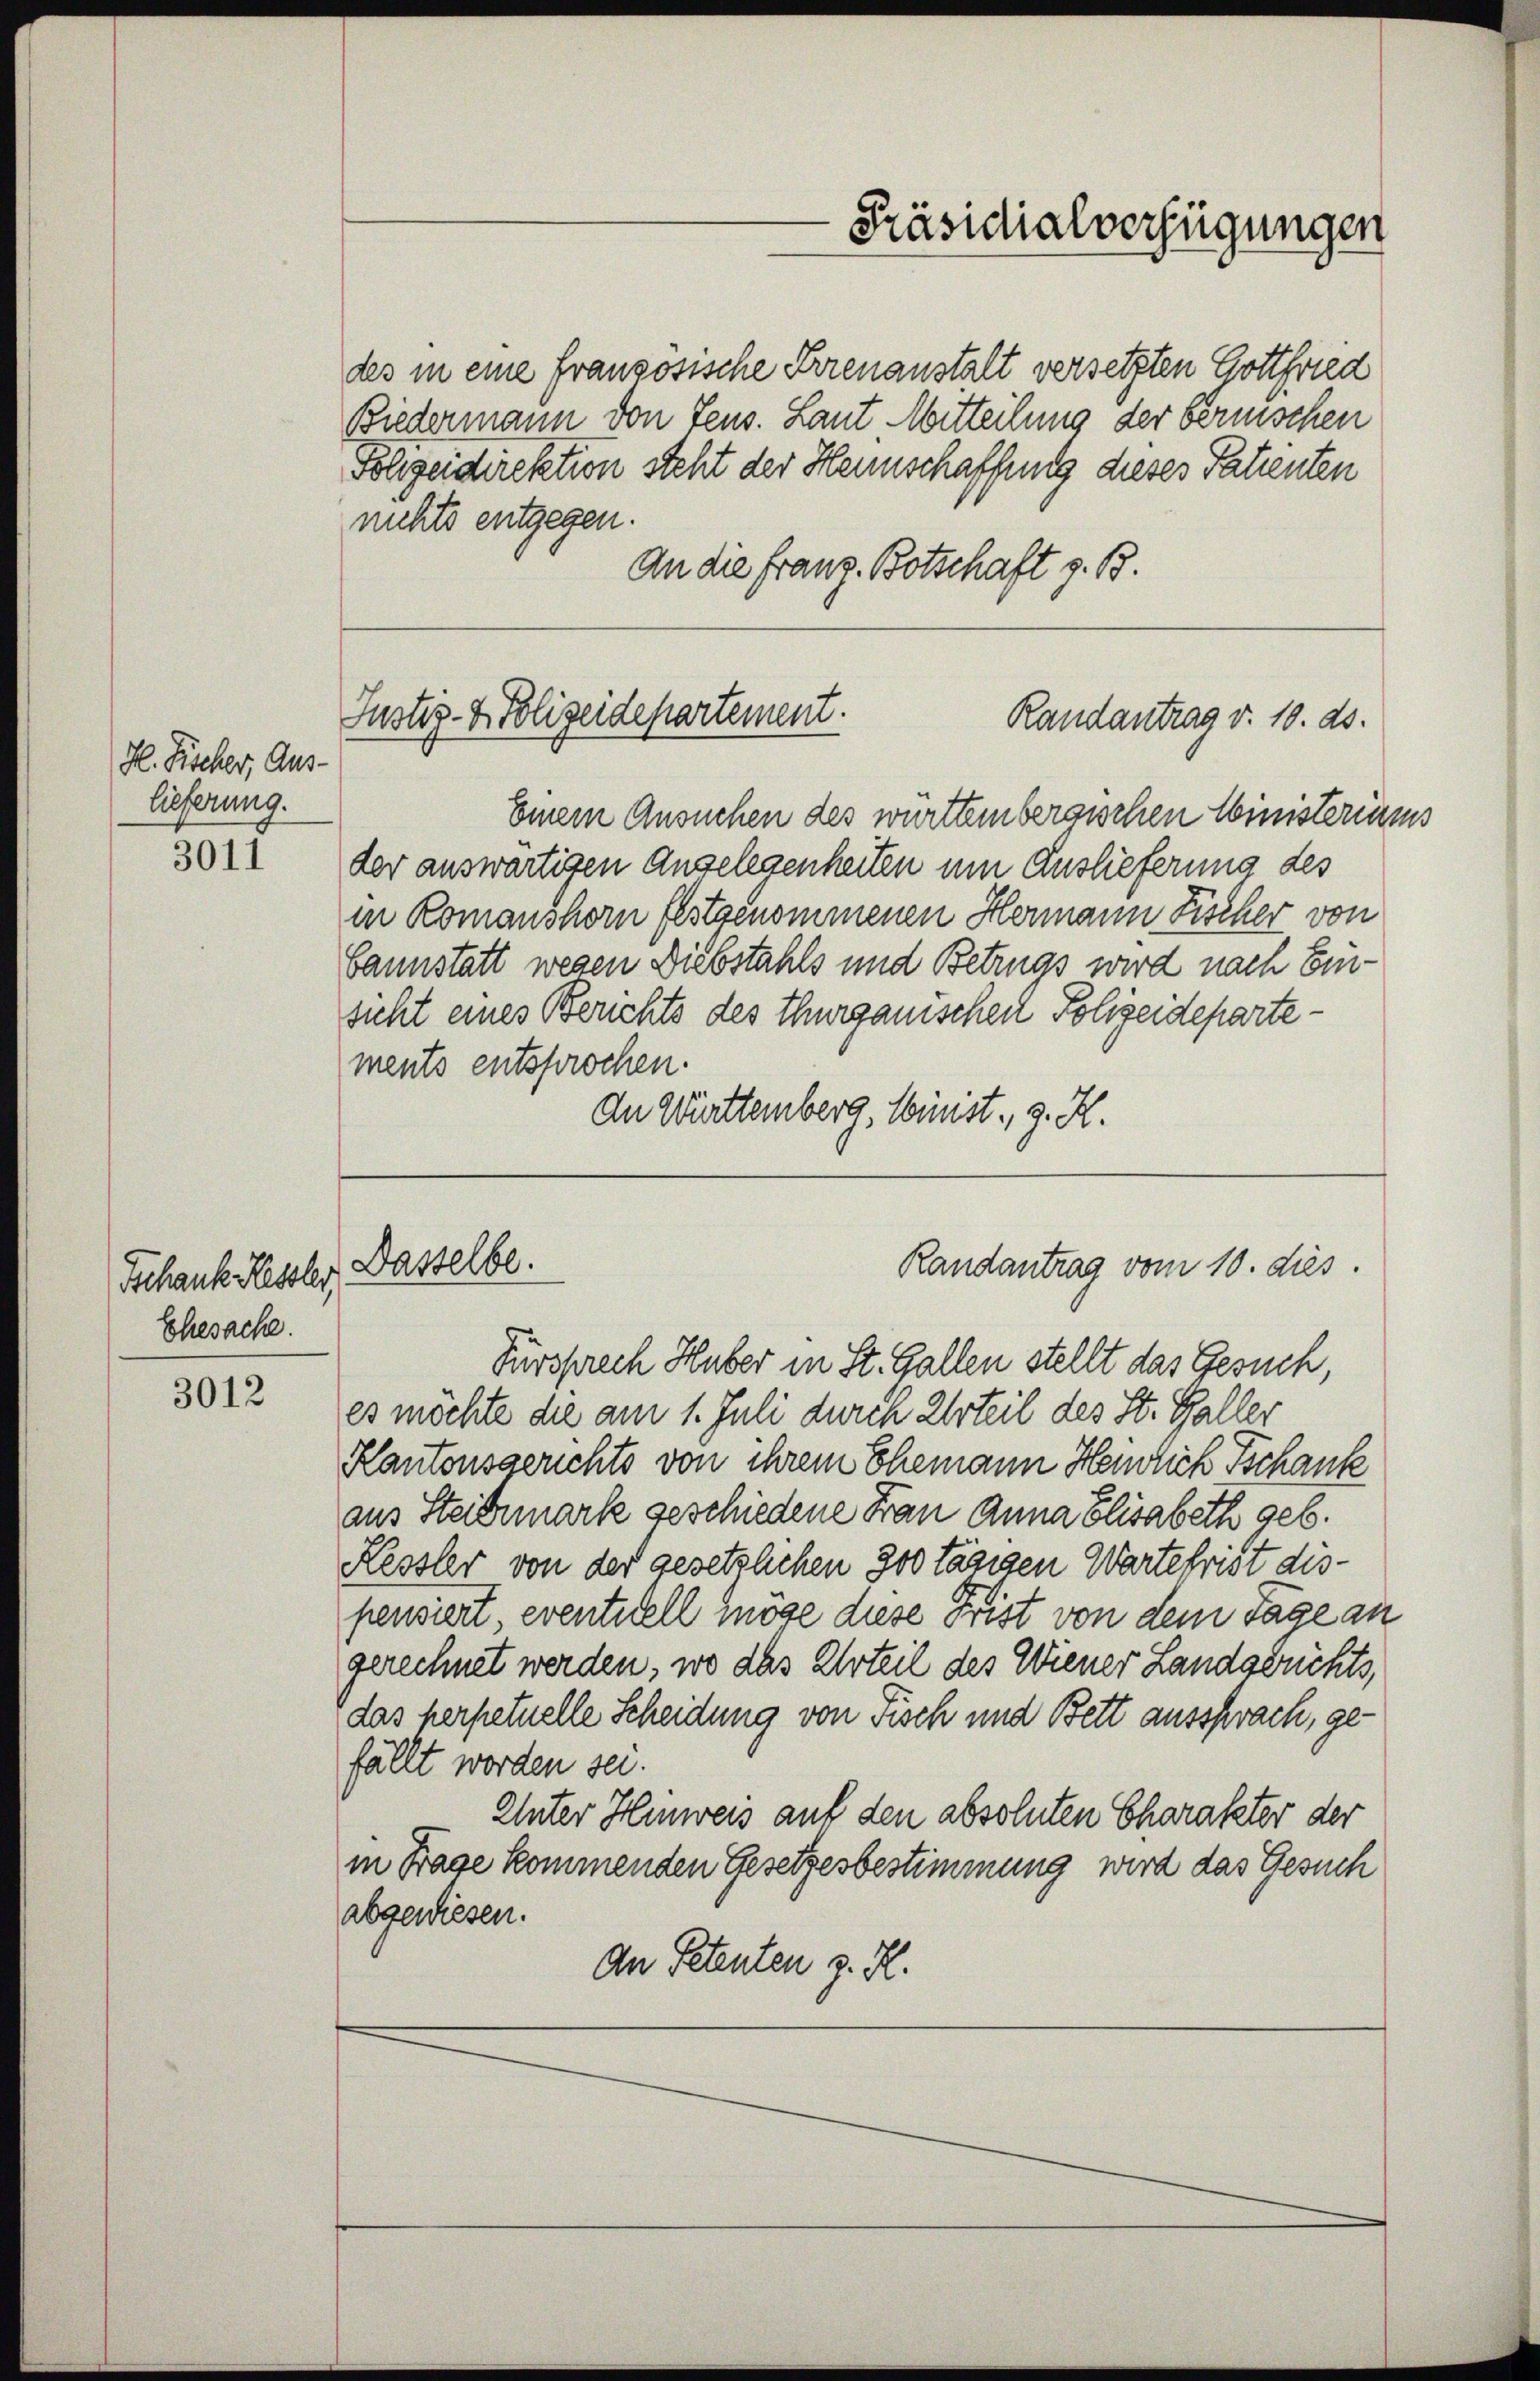
H. Fischer, Aus-
lieferung.

3011

Tschank Kessler,
Ehesache.

3012

Justiz- & Polizeidepartement.

des in eine französische Trienanstalt versetzten Gottfried
Biedermann von Teus. Laut Mitteilung der bernischen
Polzeidirektion steht der Hennschaffung dieses Patienten
nichts entgegen.
An die Franz Botschaft z. B.
Einem Ansuchen des württembergischen Ministeriums
der auswärtigen Angelegenheiten um Auslieferung des
in Romanshorn festgenommenen Hermann Fischer von
bannstatt wegen Diebstahls und Betrugs wird nach Einsicht eines Berichts des Thurgauischen Polizeidepartements entsprochen.
In Württemberg, Minist. g. H.

Dasselbe.

-Präsidialverfügungen

Randantrag v. 10. ds.

Fürsprech Huber in St. Gallen stellt das Gesuch,
es möchte die am 1. Juli durch Urteil des St. Galler
Kantonsgerichts von ihrem Ehemann Heilich Tschanke
aus Steidmark geschiedene Frau Anna Elisabeth geb.
Kessler von der gesetzlichen 300 tägigen Wartefrist dispendiert, eventiell möge diese Frist von dem Tage an
gerechnet werden, wo das Urteil des Wiener Landgerichts,
das perpetuelle Scheidung von Fisch und Bett aussprach, gefällt worden sei.
Unter Hinweis auf den absoluten Charakter der
in Frage kommenden Gesetzesbestimmung wird das Gesuch
abgewiesen.
An Petenten z. R.

Randantrag vom 10. dies